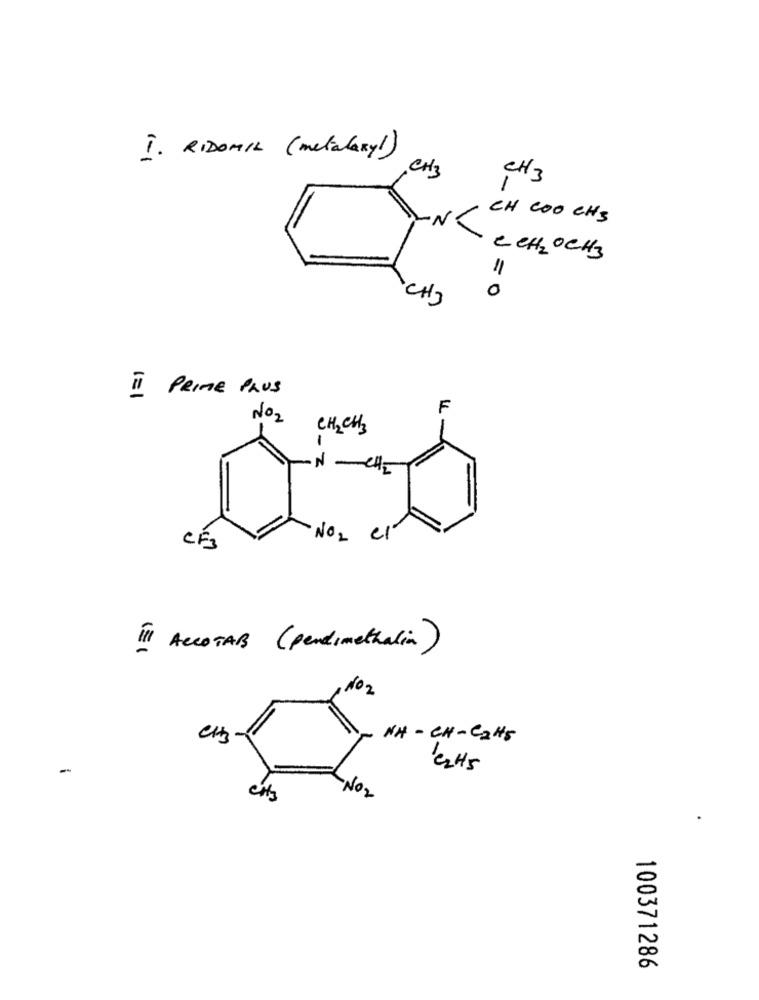
I. RIDOMIL ( metalaxy! )
CH3
CH3
1
CH COO CHS
-N
CCH2 OCH3
11
CH3
0
II PRIME PAUS
F
NO2
CH2CH3
-
N-CHI
NO2
el
CF3
I ACCOTAB ( perdimethalia)
No2
CH3
NH- CH-CaHS
-
CHS
NO2
100371286